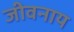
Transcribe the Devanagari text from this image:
जीवनाय